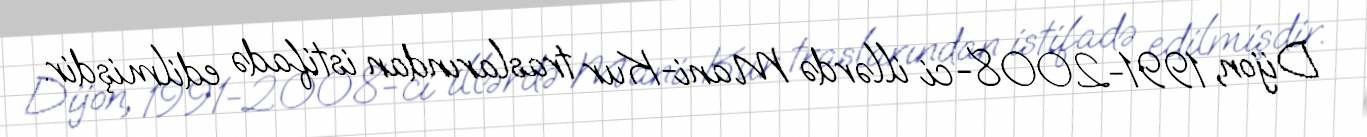
Dijon, 1991-2008-ci illərdə Mani-Kur traslarından istifadə edilmişdir.